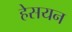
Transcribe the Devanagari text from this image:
हेसयन